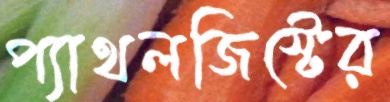
প্যাথলজিস্টের